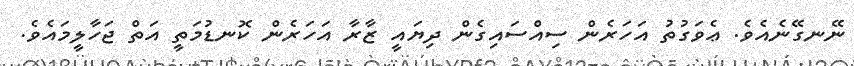
ނޭނގޭނެއެވެ. ޢެވަގުތު އަހަރެން ސިއްސައިގެން ދިޔައީ ޒާރާ އަހަރެން ކޮނޑުމަތީ އަތް ޖަހާލީމައެވެ.